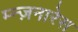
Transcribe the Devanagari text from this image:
म्न्ज़नारेस